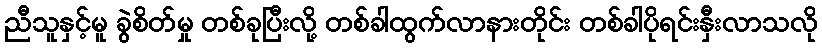
ညီသူနှင့်မူ ခွဲစိတ်မှု တစ်ခုပြီးလို့ တစ်ခါထွက်လာနားတိုင်း တစ်ခါပိုရင်းနှီးလာသလို